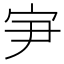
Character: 𰌸